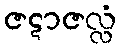
ဇဋာဇလ္လံ